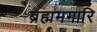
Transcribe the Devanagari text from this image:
ब्रह्ममगारि